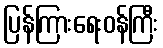
ပြန်ကြားရေးဝန်ကြီး